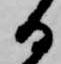
る